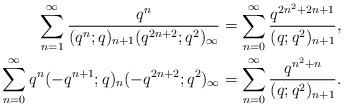
LaTeX: \begin{align*}\sum_{n=1}^{\infty} \frac{q^n}{(q^{n};q)_{n+1} (q^{2n+2};q^2)_{\infty}}&=\sum_{n=0}^{\infty} \frac{q^{2n^2+2n+1}}{(q;q^2)_{n+1}}, \\\sum_{n=0}^{\infty} q^n (-q^{n+1};q)_n (-q^{2n+2};q^2)_{\infty}&=\sum_{n=0}^{\infty} \frac{q^{n^2+n}}{(q;q^2)_{n+1}}. \end{align*}